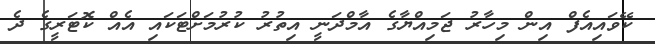
ކޭވައިއެފް އިން މިހާރު ޖަމިއްޔާގެ އާމްދަނީ އިތުރު ކުރުމަށްޓަކައި އެއް ކޮޓަރީގެ ދެ